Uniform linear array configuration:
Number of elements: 32
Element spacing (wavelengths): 0.5
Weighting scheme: binomial
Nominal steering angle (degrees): -15
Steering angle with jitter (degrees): -13.524
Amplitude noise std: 0.05
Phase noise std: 0.05

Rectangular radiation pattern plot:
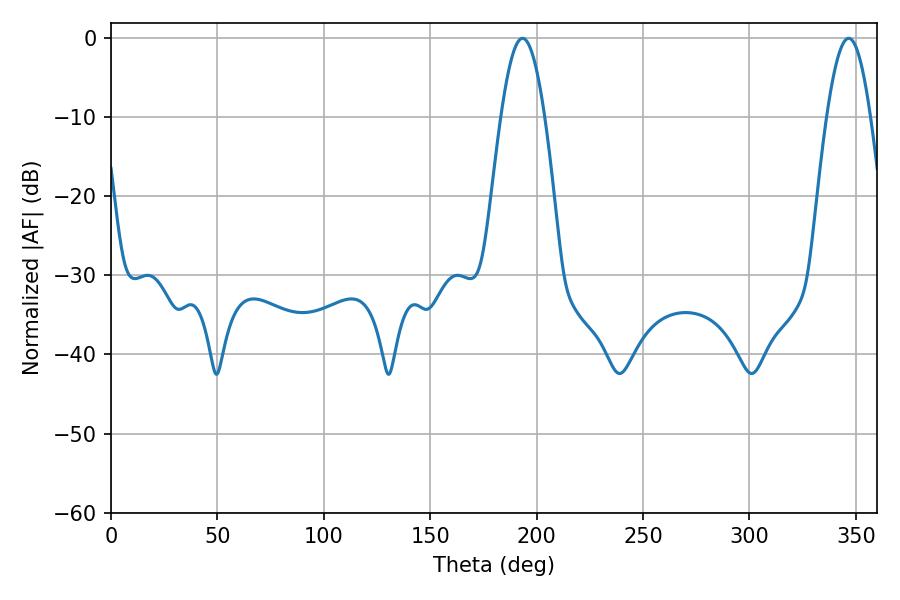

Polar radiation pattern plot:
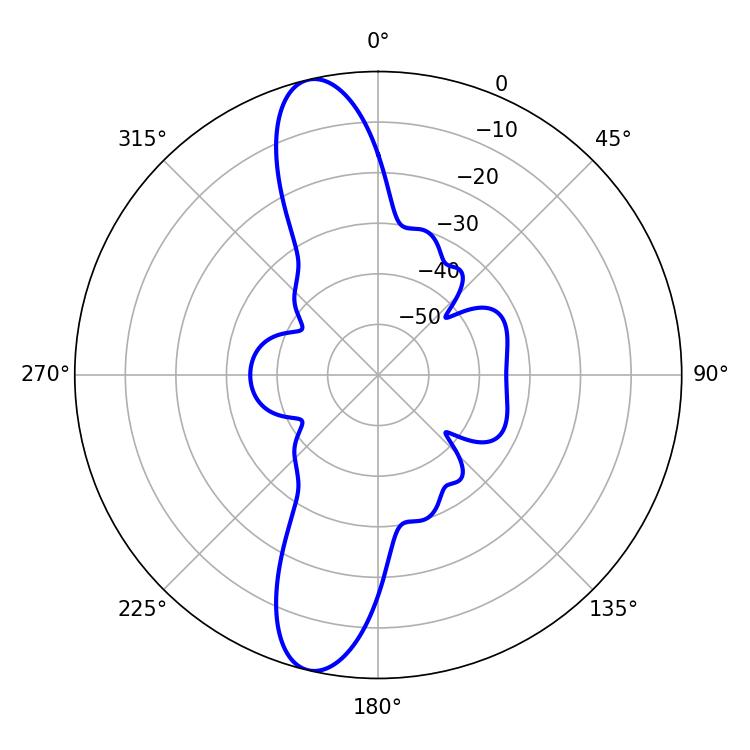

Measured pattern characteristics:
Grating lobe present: FALSE
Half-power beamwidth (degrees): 10.98
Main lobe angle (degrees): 193.32